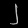
Digit: ၂